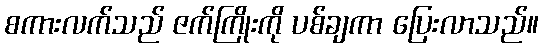
စကားလက်သည် ဇက်ကြိုးကို ပစ်ချကာ ပြေးလာသည်။